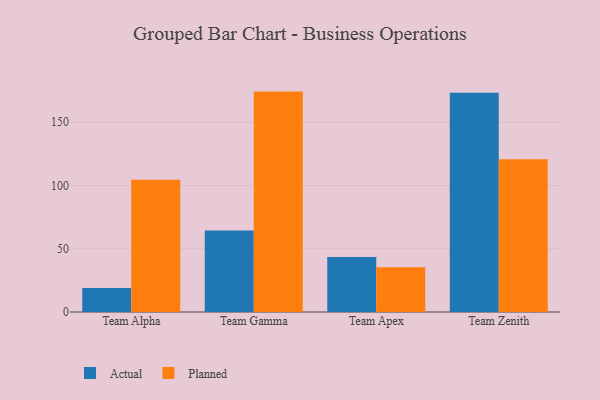
{"axis": {"x": "Team", "y": "Production Output"}, "legend": ["Actual", "Planned"], "data": [{"x": "Team Alpha", "y": 19.0, "type": "Actual"}, {"x": "Team Alpha", "y": 104.5, "type": "Planned"}, {"x": "Team Gamma", "y": 64.5, "type": "Actual"}, {"x": "Team Gamma", "y": 174.2, "type": "Planned"}, {"x": "Team Apex", "y": 43.4, "type": "Actual"}, {"x": "Team Apex", "y": 35.4, "type": "Planned"}, {"x": "Team Zenith", "y": 173.2, "type": "Actual"}, {"x": "Team Zenith", "y": 120.7, "type": "Planned"}]}